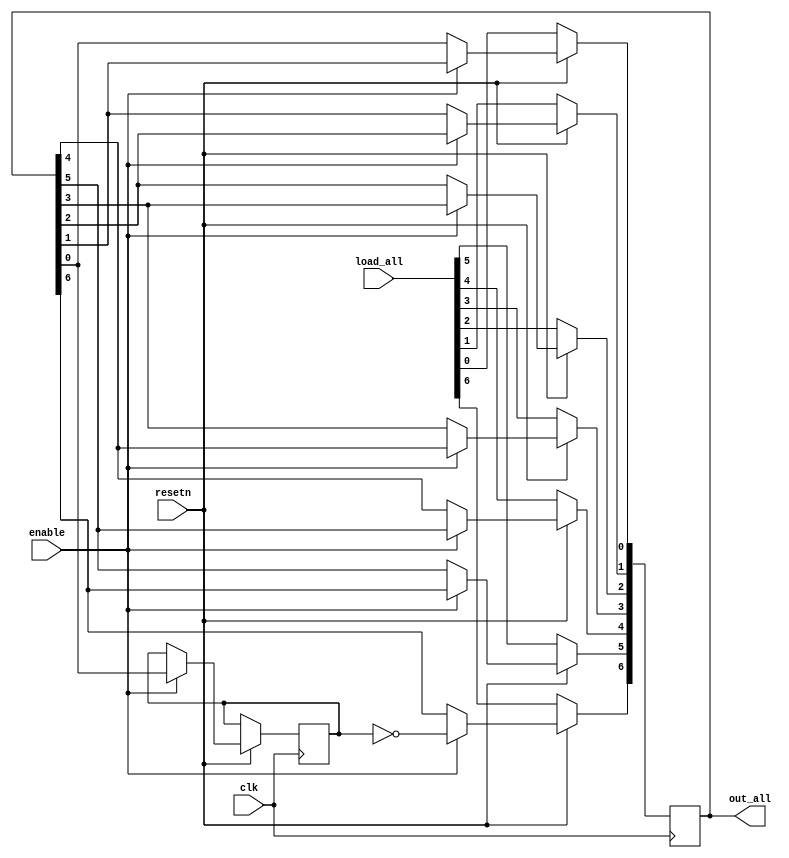
	 module seven_shifter(
												input 					 clk,
												input 					 resetn,
												input 					 enable, 
												input [6:0] 		 load_all,
												output reg [6:0] out_all		
												);
	 reg 																	 buffer;
	 
	 always @(posedge clk) begin
			if (!resetn)
				out_all <= load_all;
			else
				begin
					 if (enable) begin
							buffer <= out_all[0]; 
							out_all[0] <= out_all[1];
							out_all[1] <= out_all[2];
							out_all[2] <= out_all[3];
							out_all[3] <= out_all[4];
							out_all[4] <= out_all[5];
							out_all[5] <= out_all[6];
							out_all[6] <= ~buffer;
					 end 
				end 
	 end // always @ (posedge clk)
	 
endmodule

module five_shifter(
										input 					 clk,
										input 					 resetn,
										input 					 enable, 
										input [4:0] 		 load_all,
										output reg [4:0] out_all		
										);
	 reg 															 buffer;
	 
	 always @(posedge clk) begin
			if (!resetn)
				out_all <= load_all;
			else
				begin
					 if (enable) begin
							buffer <= out_all[0]; 
							out_all[0] <= out_all[1];
							out_all[1] <= out_all[2];
							out_all[2] <= out_all[3];
							out_all[3] <= out_all[4];
							out_all[4] <= ~buffer;
					 end
					 if (out_all > 5'd4)
						 out_all <= out_all - 4; 
				end 
	 end // always @ (posedge clk)
	 
endmodule